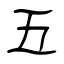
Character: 五